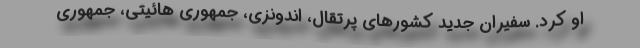
او کرد. سفیران جدید کشورهای پرتقال،‌ اندونزی،‌ جمهوری هائیتی،‌ جمهوری